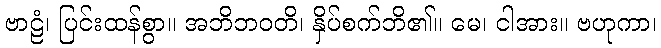
ဗာဠံ၊ ပြင်းထန်စွာ။ အဘိဘဝတိ၊ နှိပ်စက်ဘိ၏။ မေ၊ ငါအား။ ဗဟုကာ၊